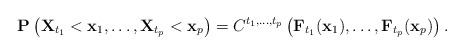
\begin{align*}\mathbf{P}\left( \mathbf{X}_{t_1}<\mathbf{x}_1,\ldots,\mathbf{X}_{t_p}<\mathbf{x}_p \right) = C^{t_1,\ldots,t_p}\left( \mathbf{F}_{t_1}(\mathbf{x}_1),\ldots,\mathbf{F}_{t_p}(\mathbf{x}_p) \right).\end{align*}